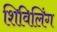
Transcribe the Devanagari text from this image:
शिविलिंग